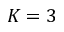
K = 3